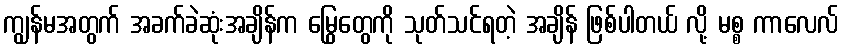
ကျွန်မအတွက် အခက်ခဲဆုံးအချိန်က မြွေတွေကို သုတ်သင်ရတဲ့ အချိန် ဖြစ်ပါတယ် လို့ မစ္စ ကာလေလ်